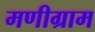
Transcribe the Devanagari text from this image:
मणीग्राम